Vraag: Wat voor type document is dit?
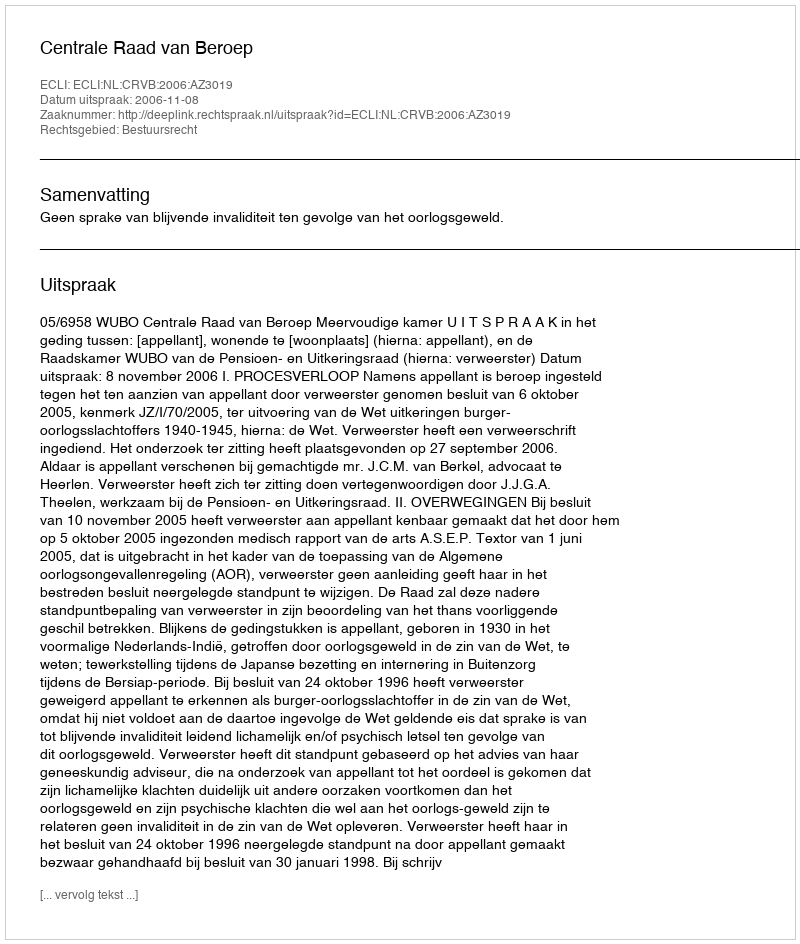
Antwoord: Uitspraak